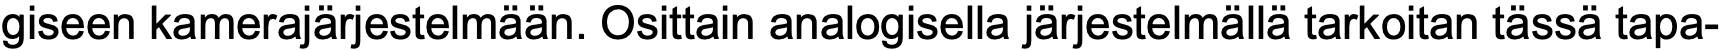
giseen kamerajärjestelmään. Osittain analogisella järjestelmällä tarkoitan tässä tapa-